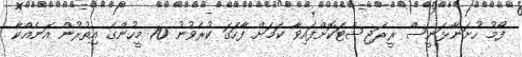
ފޯމު ހުށަނާޅަނީސް ރީރަޖިސްޓަކޮށްފައިވާ ކަމަށް ފާހަގަ ކުރެވުނު 70 މީހުންގެ އިތުރުން އަނެއްކާ